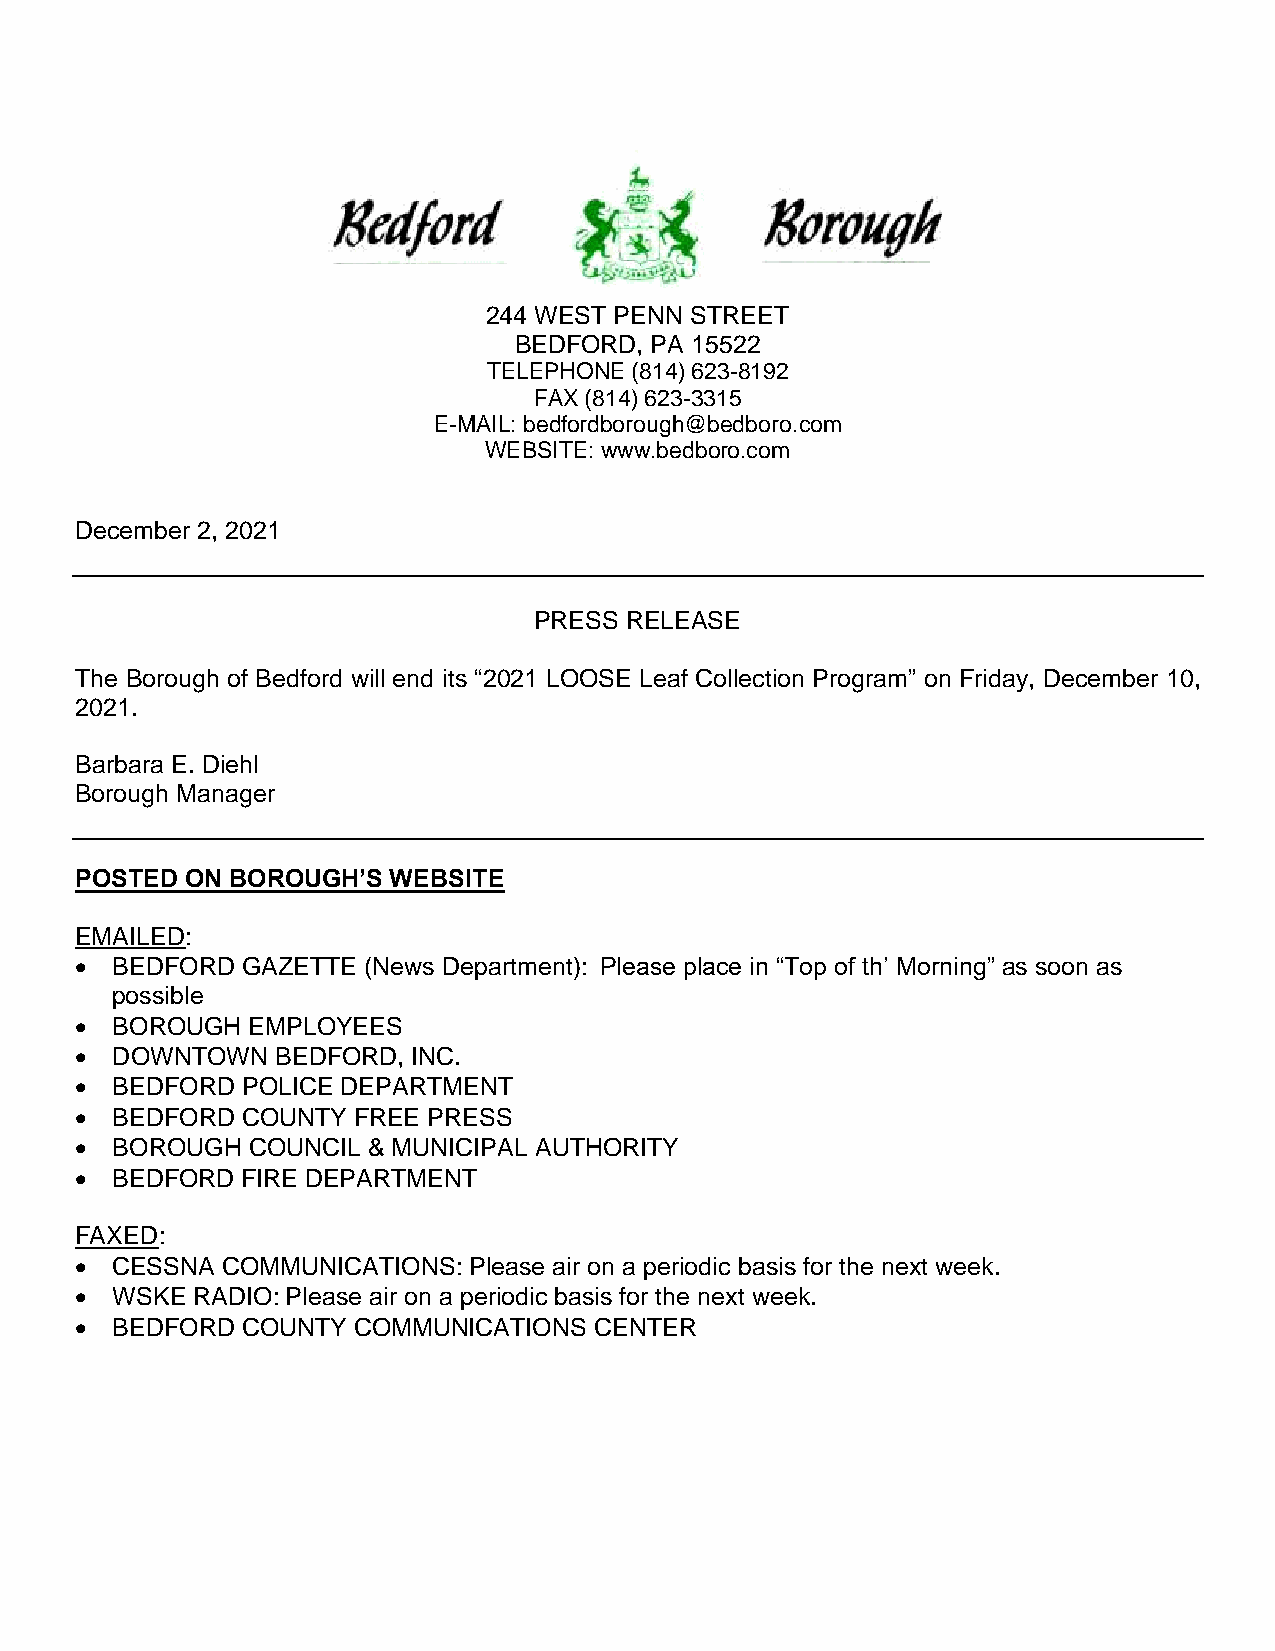
244 WEST PENN STREET
 BEDFORD, PA 15522
 TELEPHONE (814) 623-8192
 FAX (814) 623-3315
 E-MAIL: bedfordborough@bedboro.com
 WEBSITE: www.bedboro.com
 December 2, 2021
 PRESS RELEASE
 The Borough of Bedford will end its “2021 LOOSE Leaf Collection Program” on Friday, December 10,
 2021.
 Barbara E. Diehl
 Borough Manager
 POSTED ON BOROUGH’S  WEBSITE
 EMAILED:
 • BEDFORD  GAZETTE (News Department): Please place in “Top of th’ Morning” as soon as
 possible
 • BOROUGH  EMPLOYEES
 • DOWNTOWN   BEDFORD, INC.
 • BEDFORD  POLICE DEPARTMENT
 • BEDFORD  COUNTY FREE PRESS
 • BOROUGH  COUNCIL & MUNICIPAL AUTHORITY
 • BEDFORD  FIRE DEPARTMENT
 FAXED:
 • CESSNA  COMMUNICATIONS: Please air on a periodic basis for the next week.
 • WSKE  RADIO: Please air on a periodic basis for the next week.
 • BEDFORD  COUNTY COMMUNICATIONS  CENTER